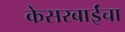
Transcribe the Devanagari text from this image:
केसरबाईंचा